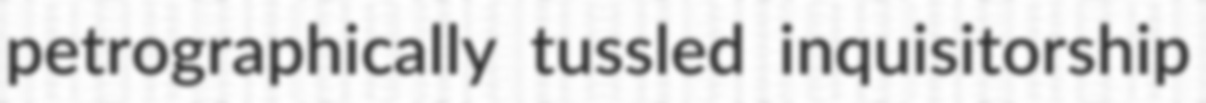
petrographically tussled inquisitorship